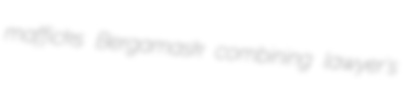
mafficks Bergamask combining lawyer's